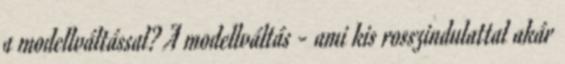
a modellváltással? A modellváltás - ami kis rosszindulattal akár